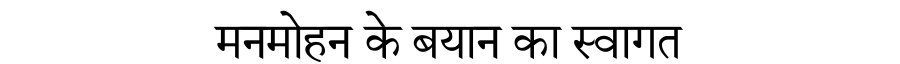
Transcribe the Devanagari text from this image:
मनमोहन के बयान का स्वागत